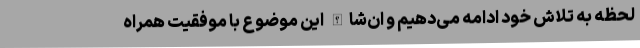
لحظه به تلاش خود ادامه می‌دهیم و ان‌شاالله این موضوع با موفقیت همراه